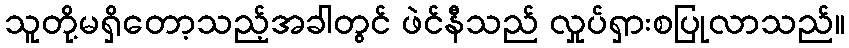
သူတို့မရှိတော့သည့်အခါတွင် ဖဲင်နီသည် လှုပ်ရှားစပြုလာသည်။